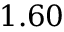
1 . 6 0